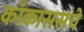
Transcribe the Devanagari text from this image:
कॉकाससचे